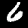
Digit: 6